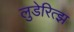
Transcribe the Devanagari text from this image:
लुडेरित्झ